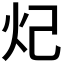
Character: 𬉺